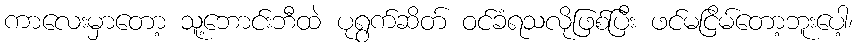
ကာလေးမှာတော့ သူ့ဘောင်းဘီထဲ ပုရွက်ဆိတ် ဝင်ခံရသလိုဖြစ်ပြီး ဖင်မငြိမ်တော့ဘူးပေါ့၊